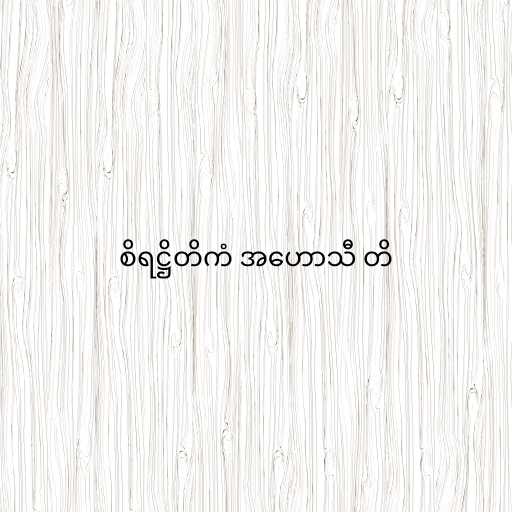
စိရဋ္ဌိတိကံ အဟောသီ တိ